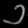
Digit: ၁